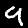
Digit: 9